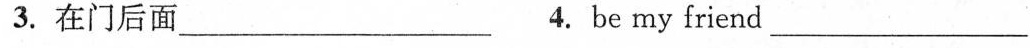
3.在门后面___ 4.Be my friend ___